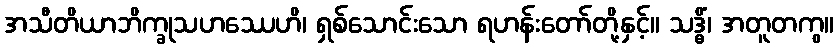
အသီတိယာဘိက္ခုသဟဿေဟိ၊ ရှစ်သောင်းသော ရဟန်းတော်တို့နှင့်။ သဒ္ဓိံ၊ အတူတကွ။